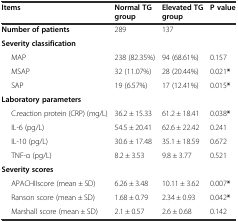
<table><thead><tr><td><b>Items</b></td><td><b>Normal TG group</b></td><td><b>Elevated TG group</b></td><td><b>P value</b></td></tr></thead><tbody><tr><td><b>Number of patients</b></td><td>289</td><td>137</td><td></td></tr><tr><td><b>Severity classification</b></td><td></td><td></td><td></td></tr><tr><td>MAP</td><td>238 (82.35%)</td><td>94 (68.61%)</td><td>0.157</td></tr><tr><td>MSAP</td><td>32 (11.07%)</td><td>28 (20.44%)</td><td>0.021<b>*</b></td></tr><tr><td>SAP</td><td>19 (6.57%)</td><td>17 (12.41%)</td><td>0.015<b>*</b></td></tr><tr><td><b>Laboratory parameters</b></td><td></td><td></td><td></td></tr><tr><td>C.reaction protein (CRP) (mg/L)</td><td>36.2 ± 15.33</td><td>61.2 ± 18.41</td><td>0.038<b>*</b></td></tr><tr><td>IL-6 (pg/L)</td><td>54.5 ± 20.41</td><td>62.6 ± 22.42</td><td>0.241</td></tr><tr><td>IL-10 (pg/L)</td><td>30.6 ± 17.48</td><td>35.1 ± 18.59</td><td>0.672</td></tr><tr><td>TNF-α (pg/L)</td><td>8.2 ± 3.53</td><td>9.8 ± 3.77</td><td>0.521</td></tr><tr><td><b>Severity scores</b></td><td></td><td></td><td></td></tr><tr><td>APACHIIscore (mean ± SD)</td><td>6.26 ± 3.48</td><td>10.11 ± 3.62</td><td>0.007<b>*</b></td></tr><tr><td>Ranson score (mean ± SD)</td><td>1.68 ± 0.79</td><td>2.34 ± 0.93</td><td>0.042<b>*</b></td></tr><tr><td>Marshall score (mean ± SD)</td><td>2.1 ± 0.57</td><td>2.6 ± 0.68</td><td>0.142</td></tr></tbody></table>